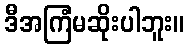
ဒီအကြံမဆိုးပါဘူး။